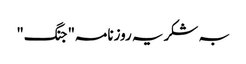
بہ شکریہ روزنامہ"جنگ"